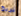
نربح